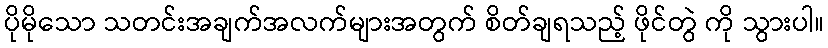
ပိုမိုသော သတင်းအချက်အလက်များအတွက် စိတ်ချရသည့် ဖိုင်တွဲ ကို သွားပါ။